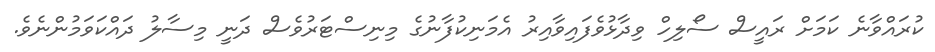
ކުރައްވާނެ ކަަމަށް ރައީސް ސޯލިހް ވިދާޅުވެފައިވާއިރު އެމަނިކުފާނުގެ މިނިސްޓަރުވެސް ދަނީ މިސާލު ދައްކަވަމުންނެވެ.